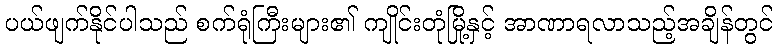
ပယ်ဖျက်နိုင်ပါသည် စက်ရုံကြီးများ၏ ကျိုင်းတုံမြို့နှင့် အာဏာရလာသည့်အချိန်တွင်